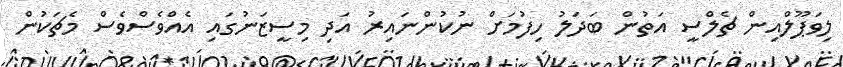
ލިވަޕޫލްއިން ޗެލްސީ އަތުން ބަދަލު ހިފުމަށް ނުކުންނައިރު އަދި މިސީޒަނުގައި އެއްވެސްވެސް މެޗަކުން